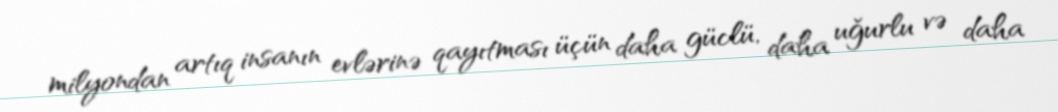
milyondan artıq insanın evlərinə qayıtması üçün daha güclü, daha uğurlu və daha